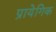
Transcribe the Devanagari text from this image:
प्रायेगिक